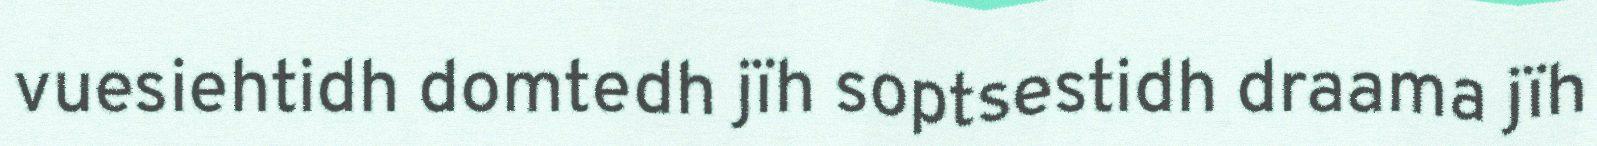
vuesiehtidh domtedh jïh soptsestidh draama jïh